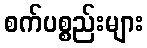
စက်ပစ္စည်းများ